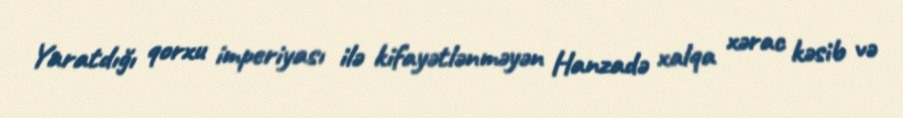
Yaratdığı qorxu imperiyası ilə kifayətlənməyən Hanzadə xalqa xərac kəsib və